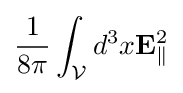
{\frac {1}{8\pi }}\int _{\mathcal {V}}d^{3}x\mathbf {E} _{\parallel }^{2}